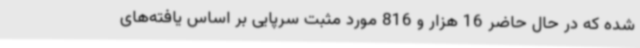
شده که در حال حاضر 16 هزار و 816 مورد مثبت سرپایی بر اساس یافته‌های